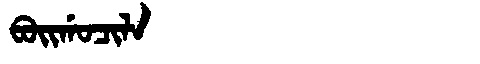
Manchu: ᠪᠣᡳᡤᠣᠴᡳᠯᠠ
Romanization: BOIGOCILA